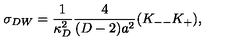
\sigma _ { D W } = { \frac { 1 } { \kappa _ { D } ^ { 2 } } } { \frac { 4 } { ( D - 2 ) a ^ { 2 } } } ( K _ { -- } K _ { + } ) ,